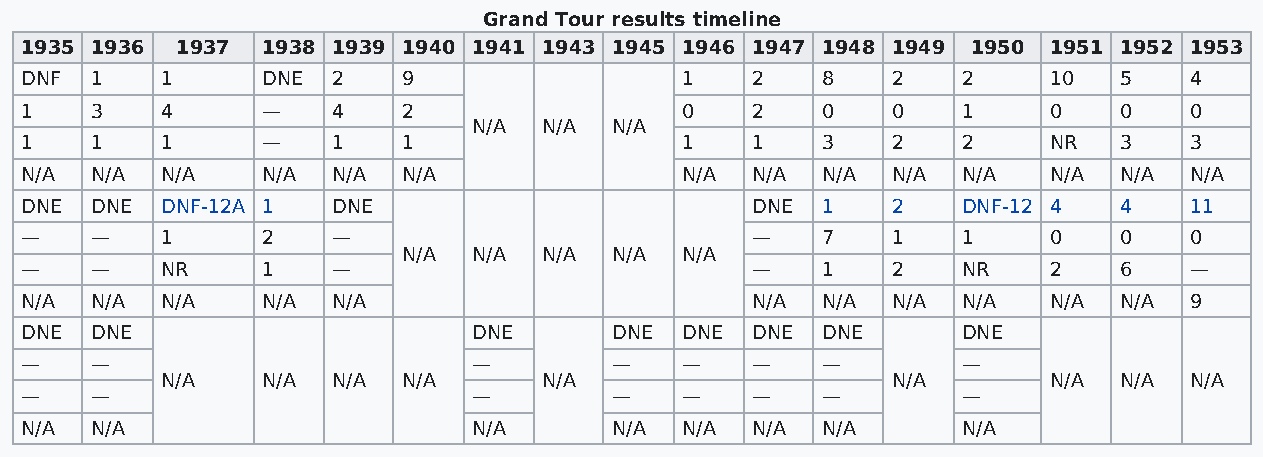
Grand Tour results timeline
 1935 1936  1937 1938 1939 1940 1941 1943 1945 1946 1947 1948 1949 1950 1951 1952 1953
 DNF  1    1     DNE  2    9                 1    2   8    2    2    10   5    4
 1    3    4     —    4    2                 0    2   0    0    1    0    0    0
 N/A  N/A N/A
 1    1    1     —    1    1                 1    1   3    2    2    NR   3    3
 N/A  N/A  N/A   N/A  N/A  N/A               N/A  N/A N/A  N/A  N/A  N/A  N/A  N/A
 DNE  DNE  DNF-12A 1  DNE                         DNE 1    2    DNF-12 4  4    11
 —    —    1     2    —                           —   7    1    1    0    0    0
 N/A N/A  N/A N/A  N/A
 —    —    NR    1    —                           —   1    2    NR   2    6    —
 N/A  N/A  N/A   N/A  N/A                         N/A N/A  N/A  N/A  N/A  N/A  9
 DNE  DNE                      DNE      DNE  DNE  DNE DNE       DNE
 —    —                        —        —    —    —   —         —
 N/A   N/A  N/A  N/A      N/A                    N/A       N/A  N/A  N/A
 —    —                        —        —    —    —   —         —
 N/A  N/A                      N/A      N/A  N/A  N/A N/A       N/A